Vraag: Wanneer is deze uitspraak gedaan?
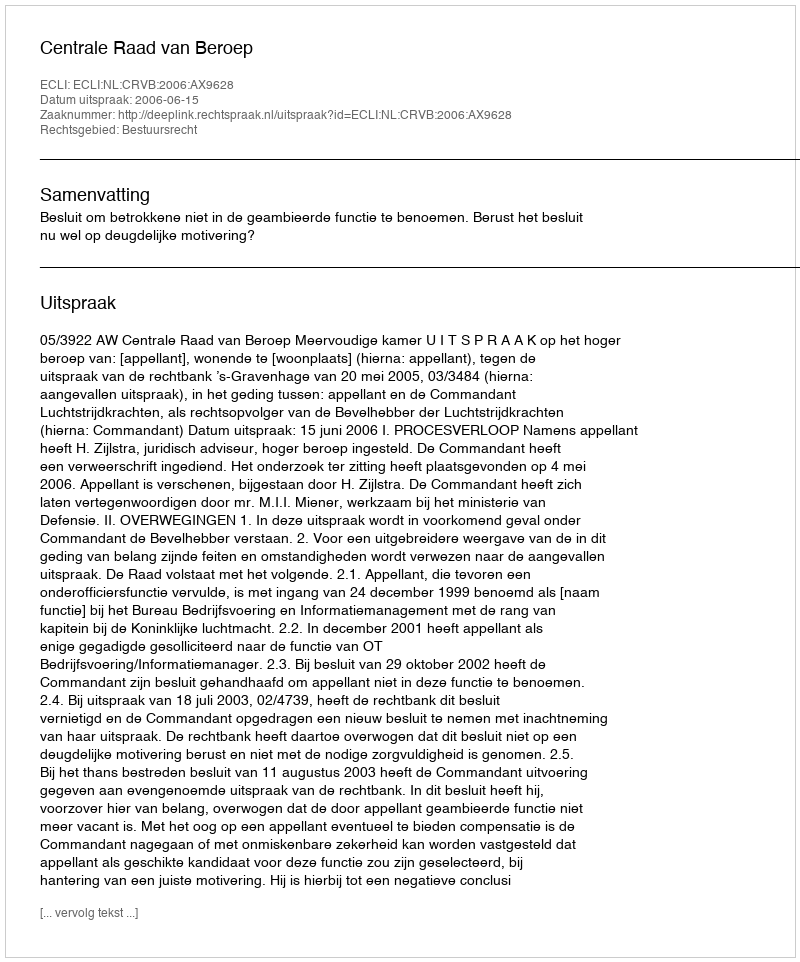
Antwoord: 2006-06-15